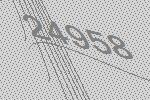
24958